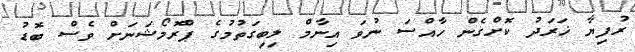
ރުފިޔާ ޚަރަދު ކޮށްގެން ހާއްސަ ނުވަ އިނާމް ލިބިގަތުމުގެ ޕްރޮމޯޝަނަށް ވެސް ބޮޑު